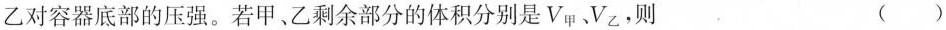
乙对容器底部的压强。若甲、乙剩余部分的体积分别是V_{甲}、V_{乙}，则 ( )